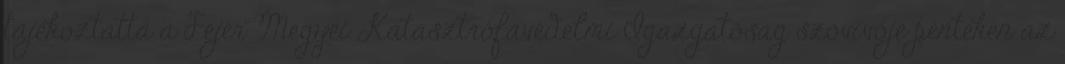
tájékoztatta a Fejér Megyei Katasztrófavédelmi Igazgatóság szóvivője pénteken az